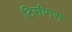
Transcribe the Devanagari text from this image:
टिसीमस